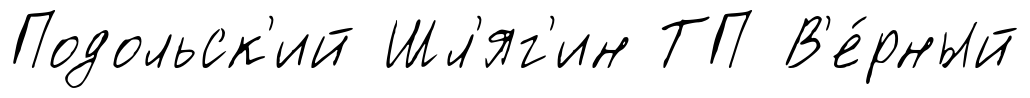
Подольск'ий Шл'яг'ин ТП В'е́рный